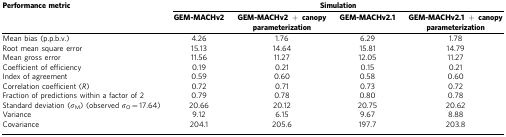
| Performance metric | <COLSPAN=4> Simulation |
 |  | GEM-MACHv2 | GEM-MACHv2 + canopy parameterization | GEM-MACHv2.1 | GEM-MACHv2.1 + canopy parameterization |
 | --- | --- | --- | --- | --- |
 | Mean bias (p.p.b.v.) | 4.26 | 1.76 | 6.29 | 1.78 |
 | Root mean square error | 15.13 | 14.64 | 15.81 | 14.79 |
 | Mean gross error | 11.56 | 11.27 | 12.05 | 11.27 |
 | Coefficient of efficiency | 0.19 | 0.21 | 0.15 | 0.21 |
 | Index of agreement | 0.59 | 0.60 | 0.58 | 0.60 |
 | Correlation coefficient (R) | 0.72 | 0.71 | 0.73 | 0.72 |
 | Fraction of predictions within a factor of 2 | 0.79 | 0.78 | 0.80 | 0.78 |
 | Standard deviation (σM) (observed σO=17.64) | 20.66 | 20.12 | 20.75 | 20.62 |
 | Variance | 9.12 | 6.15 | 9.67 | 8.88 |
 | Covariance | 204.1 | 205.6 | 197.7 | 203.8 |